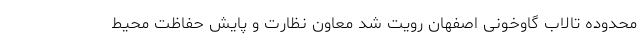
محدوده تالاب گاوخونی اصفهان رویت شد معاون نظارت و پایش حفاظت محیط